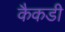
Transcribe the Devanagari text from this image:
कैकडी